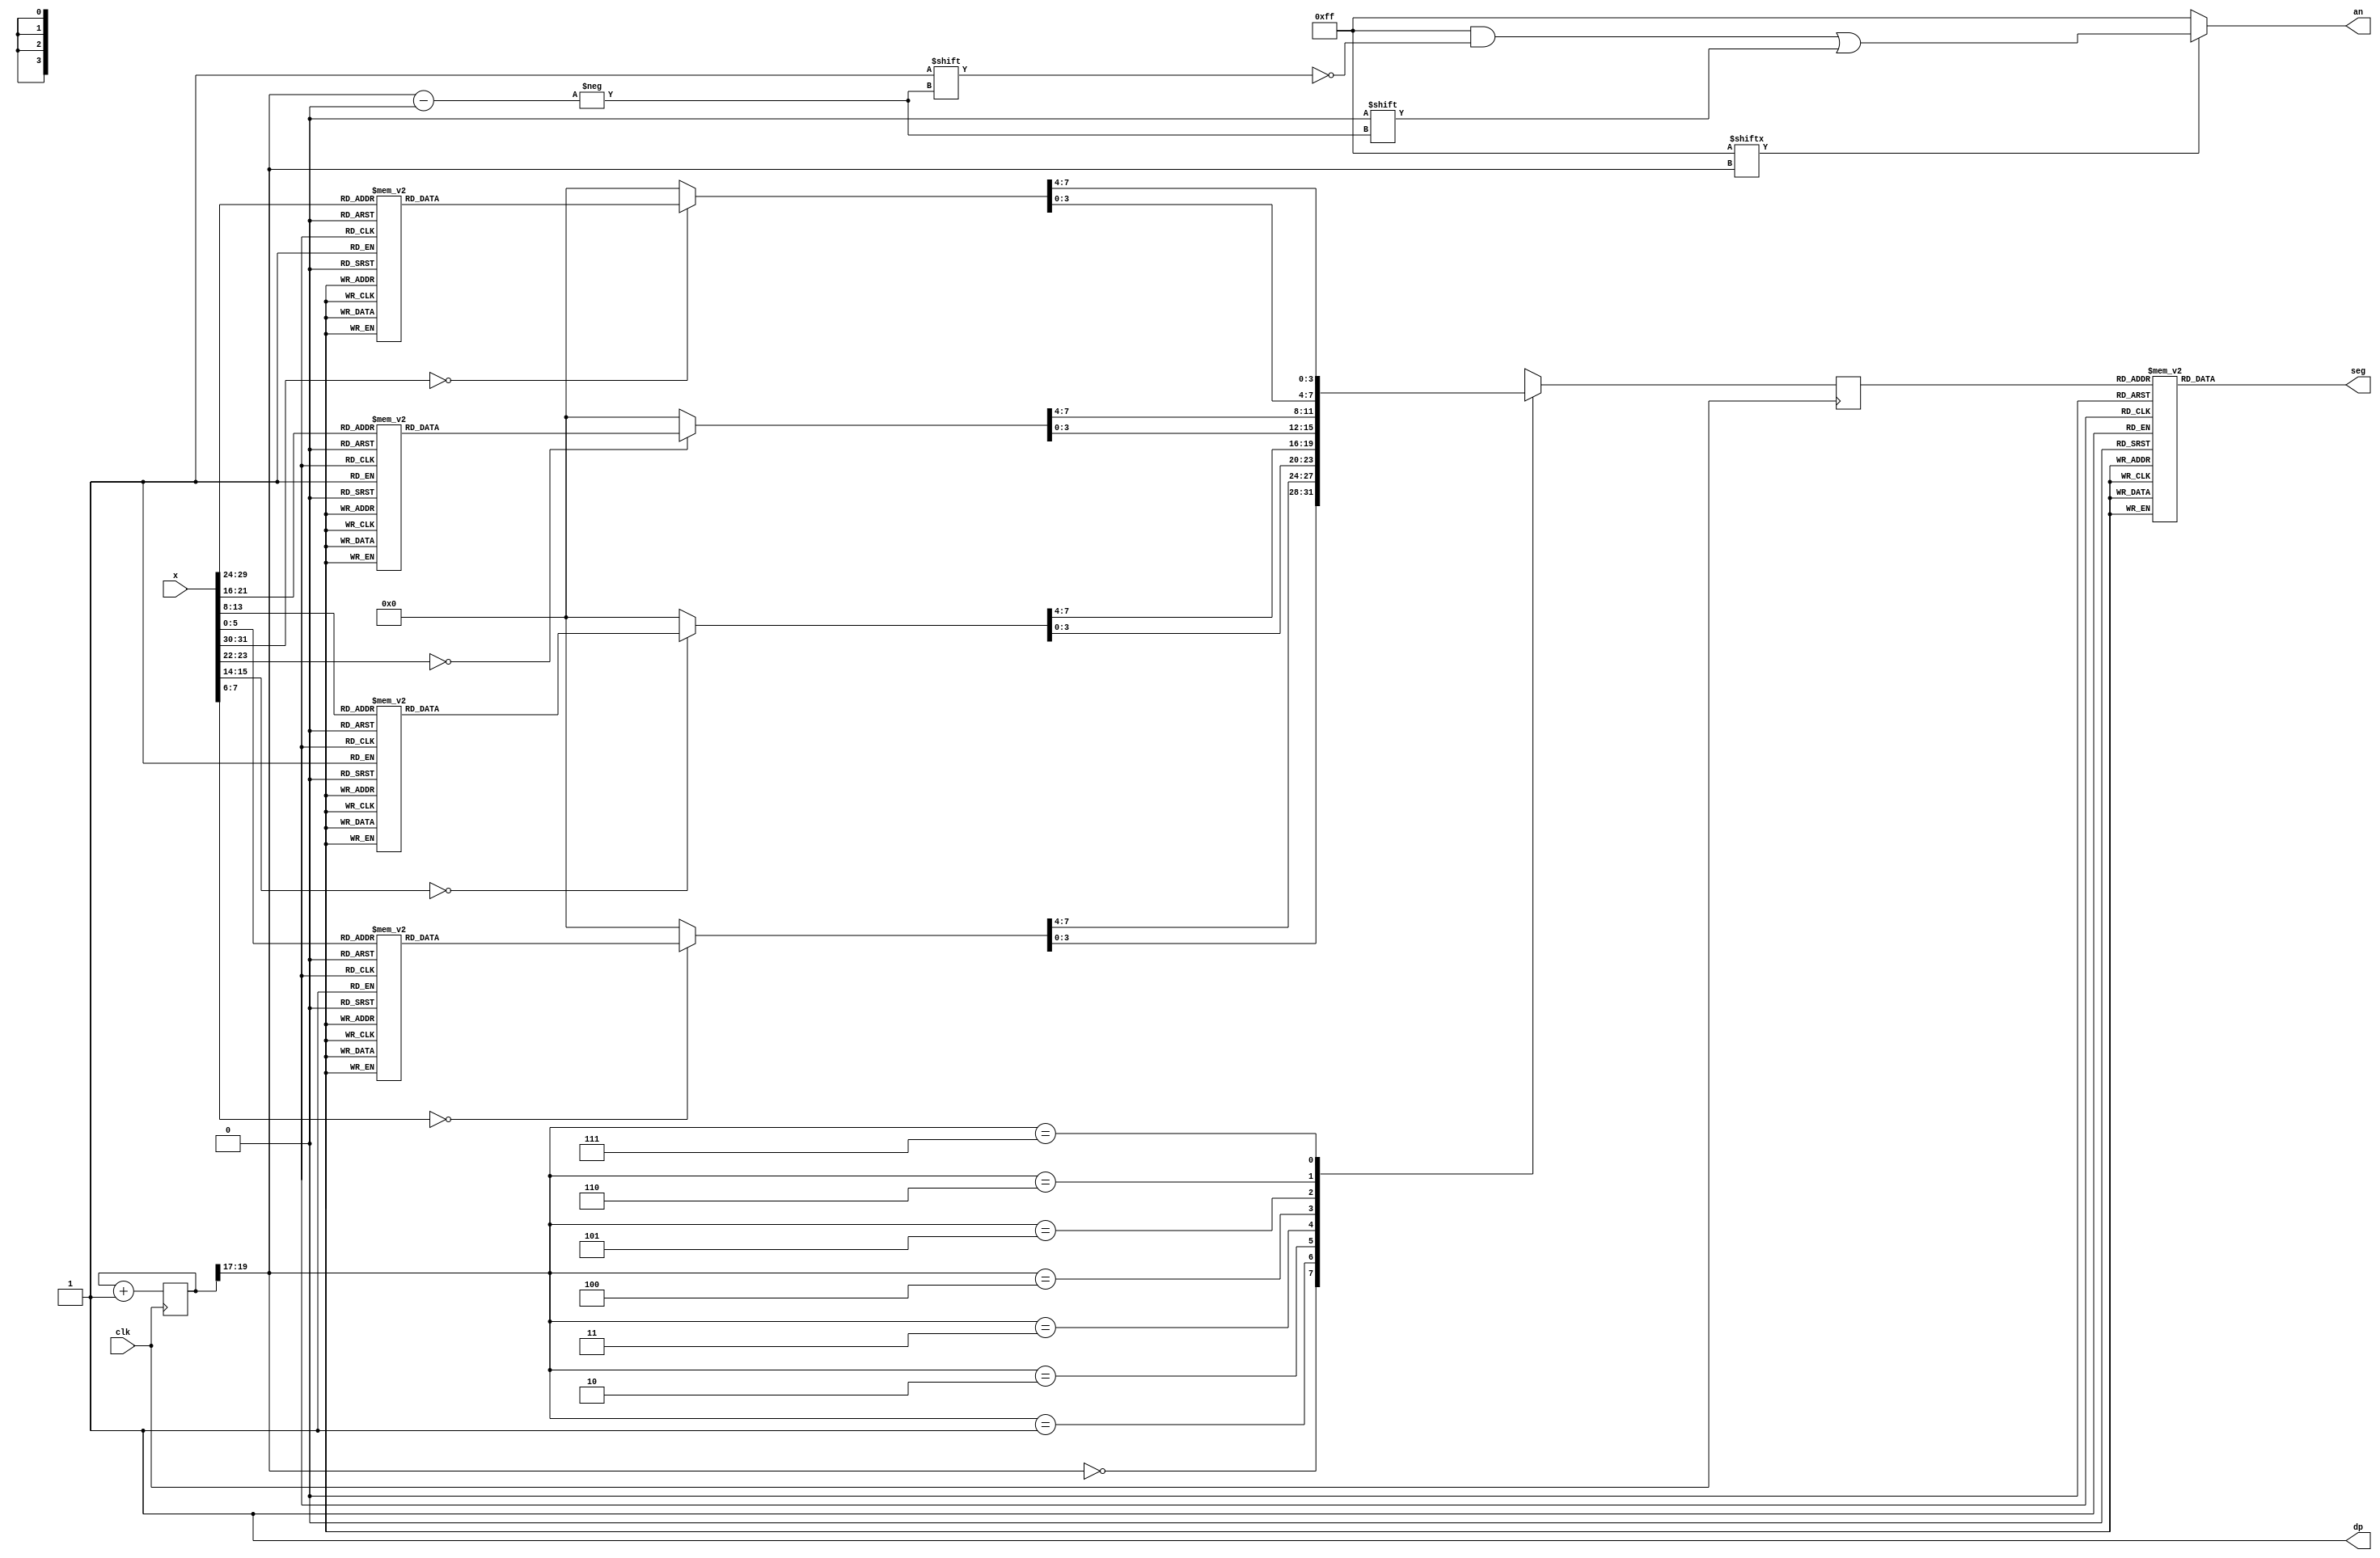
`timescale 1ns / 1ps

module seg7decimal(

	input [31:0] x,
    input clk,
    output reg [6:0] seg,
    output reg [7:0] an,
    output wire dp 
	 );
	 
	 
wire [2:0] s;	 
reg [3:0] digit;
wire [7:0] aen;
reg [19:0] clkdiv;
reg [31:0] display;

assign dp = 1;
assign s = clkdiv[19:17];
assign aen = 8'b11111111; // all turned off initially

// quad 4to1 MUX.


always @(posedge clk)// or posedge clr)
	
	case(s)
	0:digit = display[3:0]; // s is 00 -->0 ;  digit gets assigned 4 bit value assigned to x[3:0]
	1:digit = display[7:4]; // s is 01 -->1 ;  digit gets assigned 4 bit value assigned to x[7:4]
	2:digit = display[11:8]; // s is 10 -->2 ;  digit gets assigned 4 bit value assigned to x[11:8
	3:digit = display[15:12]; // s is 11 -->3 ;  digit gets assigned 4 bit value assigned to x[15:12]
	4:digit = display[19:16]; // s is 00 -->0 ;  digit gets assigned 4 bit value assigned to x[3:0]
    5:digit = display[23:20]; // s is 01 -->1 ;  digit gets assigned 4 bit value assigned to x[7:4]
    6:digit = display[27:24]; // s is 10 -->2 ;  digit gets assigned 4 bit value assigned to x[11:8
    7:digit = display[31:28]; // s is 11 -->3 ;  digit gets assigned 4 bit value assigned to x[15:12]

	default:digit = display[3:0];
	
	endcase

always@(*)
       case(x[7:0])
		      8'b00010101:display[7:0]<=8'h11;   
			  8'b00011101:display[7:0]<=8'h12;   
			  8'b00100100:display[7:0]<=8'h13;  
			  8'b00101101:display[7:0]<=8'h14;   
              8'b00101100:display[7:0]<=8'h15;   
              8'b00110101:display[7:0]<=8'h16;   
              8'b00111100:display[7:0]<=8'h17; 		  
              8'b00011100:display[7:0]<=8'h21; 
              8'b00011011:display[7:0]<=8'h22; 
              8'b00100011:display[7:0]<=8'h23; 
              8'b00101011:display[7:0]<=8'h24; 
			  8'b00110100:display[7:0]<=8'h25; 
			  8'b00110011:display[7:0]<=8'h26; 
			  8'b00111011:display[7:0]<=8'h27; 
			  8'b00011010:display[7:0]<=8'h31; 
			  8'b00100010:display[7:0]<=8'h32; 
			  8'b00100001:display[7:0]<=8'h33; 
			  8'b00101010:display[7:0]<=8'h34; 
			  8'b00110010:display[7:0]<=8'h35; 
			  8'b00110001:display[7:0]<=8'h36; 
			  8'b00111010:display[7:0]<=8'h37; 
			  default:display[7:0]<=8'h00;
	   endcase	
always@(*)	   
	   case(x[15:8])
		      8'b00010101:display[15:8]<=8'h11;  
			  8'b00011101:display[15:8]<=8'h12;  
			  8'b00100100:display[15:8]<=8'h13;  
			  8'b00101101:display[15:8]<=8'h14;  
              8'b00101100:display[15:8]<=8'h15;  
              8'b00110101:display[15:8]<=8'h16;  
              8'b00111100:display[15:8]<=8'h17;  	  
              8'b00011100:display[15:8]<=8'h21;  
              8'b00011011:display[15:8]<=8'h22;  
              8'b00100011:display[15:8]<=8'h23; 
              8'b00101011:display[15:8]<=8'h24; 
			  8'b00110100:display[15:8]<=8'h25;  
			  8'b00110011:display[15:8]<=8'h26;  
			  8'b00111011:display[15:8]<=8'h27;  
			  8'b00011010:display[15:8]<=8'h31;  
			  8'b00100010:display[15:8]<=8'h32;  
			  8'b00100001:display[15:8]<=8'h33;  
			  8'b00101010:display[15:8]<=8'h34;  
			  8'b00110010:display[15:8]<=8'h35; 
			  8'b00110001:display[15:8]<=8'h36; 
			  8'b00111010:display[15:8]<=8'h37; 
			  default:display[15:8]<=8'h00;
	   endcase	

always@(*)	   
	   case(x[23:16])
		      8'b00010101:display[23:16]<=8'h11;  //Q -- do     
			  8'b00011101:display[23:16]<=8'h12;  //W -- rai    
			  8'b00100100:display[23:16]<=8'h13;  //E -- mi     
			  8'b00101101:display[23:16]<=8'h14;  //R -- fa     
              8'b00101100:display[23:16]<=8'h15;  //T  -- 
              8'b00110101:display[23:16]<=8'h16;  //Y  -- 
              8'b00111100:display[23:16]<=8'h17;  //U  -- 	  
              8'b00011100:display[23:16]<=8'h21;   //A  --
              8'b00011011:display[23:16]<=8'h22;   //S  --
              8'b00100011:display[23:16]<=8'h23;  //D  -- 
              8'b00101011:display[23:16]<=8'h24;  //F  -- 
			  8'b00110100:display[23:16]<=8'h25;  //G  --  so   
			  8'b00110011:display[23:16]<=8'h26;  //H  --  la   
			  8'b00111011:display[23:16]<=8'h27;  //J  --  xi   
			  8'b00011010:display[23:16]<=8'h31;  //Z  --  do   
			  8'b00100010:display[23:16]<=8'h32;  //X  --  rai  
			  8'b00100001:display[23:16]<=8'h33;  //C  --  mi   
			  8'b00101010:display[23:16]<=8'h34;  //V  --  fa   
			  8'b00110010:display[23:16]<=8'h35;  //B  --  so   
			  8'b00110001:display[23:16]<=8'h36;  //N  --  la   
			  8'b00111010:display[23:16]<=8'h37;  //M  --  xi   
			  default:display[23:16]<=8'h00;
	   endcase		
	
always@(*)	   
	   case(x[31:24])
		      8'b00010101:display[31:24]<=8'h11;  //Q -- do     
			  8'b00011101:display[31:24]<=8'h12;  //W -- rai     
			  8'b00100100:display[31:24]<=8'h13;  //E -- mi     
			  8'b00101101:display[31:24]<=8'h14;  //R -- fa     
              8'b00101100:display[31:24]<=8'h15;    //T  -- 
              8'b00110101:display[31:24]<=8'h16;    //Y  -- 
              8'b00111100:display[31:24]<=8'h17;    //U  --   
              8'b00011100:display[31:24]<=8'h21;    //A  --
              8'b00011011:display[31:24]<=8'h22;    //S  --
              8'b00100011:display[31:24]<=8'h23;   //D  -- 
              8'b00101011:display[31:24]<=8'h24;   //F  -- 
			  8'b00110100:display[31:24]<=8'h25;  //G  --  so    
			  8'b00110011:display[31:24]<=8'h26;  //H  --  la    
			  8'b00111011:display[31:24]<=8'h27;  //J  --  xi    
			  8'b00011010:display[31:24]<=8'h31;  //Z  --  do    
			  8'b00100010:display[31:24]<=8'h32;  //X  --  rai  
			  8'b00100001:display[31:24]<=8'h33;  //C  --  mi   
			  8'b00101010:display[31:24]<=8'h34;  //V  --  fa   
			  8'b00110010:display[31:24]<=8'h35;  //B  --  so   
			  8'b00110001:display[31:24]<=8'h36;  //N  --  la   
			  8'b00111010:display[31:24]<=8'h37;  //M  --  xi   
			  default:display[31:24]<=8'h00;
	   endcase		
	   
	   
	//decoder or truth-table for 7seg display values
always @(*)

case(digit)


//////////<---MSB-LSB<---
//////////////gfedcba////////////////////////////////////////////          
0:seg = 7'b1000000;////0000															
1:seg = 7'b1111001;////0001									 
2:seg = 7'b0100100;////0010									
//                                                                      
3:seg = 7'b0110000;////0011										 	 
4:seg = 7'b0011001;////0100										       
5:seg = 7'b0010010;////0101                                              
6:seg = 7'b0000010;////0110
7:seg = 7'b1111000;////0111
8:seg = 7'b0000000;////1000
9:seg = 7'b0010000;////1001
'hA:seg = 7'b0001000; 
'hB:seg = 7'b0000011; 
'hC:seg = 7'b1000110;
'hD:seg = 7'b0100001;
'hE:seg = 7'b0000110;
'hF:seg = 7'b0001110;

default: seg = 7'b0000000; // U

endcase


always @(*)begin
an=8'b11111111;
if(aen[s] == 1)
an[s] = 0;
end


//clkdiv

always @(posedge clk) begin
clkdiv <= clkdiv+1;
end


endmodule